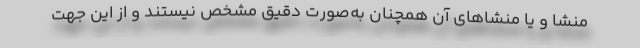
منشا و یا منشاهای آن همچنان به‌صورت دقیق مشخص نیستند و از این جهت